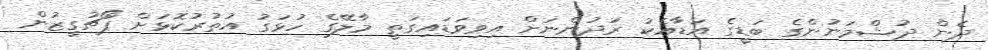
ދެން ދުޝްމަނުންގެ ބަޑީގެ އަޑާއެކު ރަދުންނަށް އިވިވަޑައިގަތީ މާލޭގެ ހުޅަގު އުތުރުކޮޅަށް ޕޯޗުގީޒުން